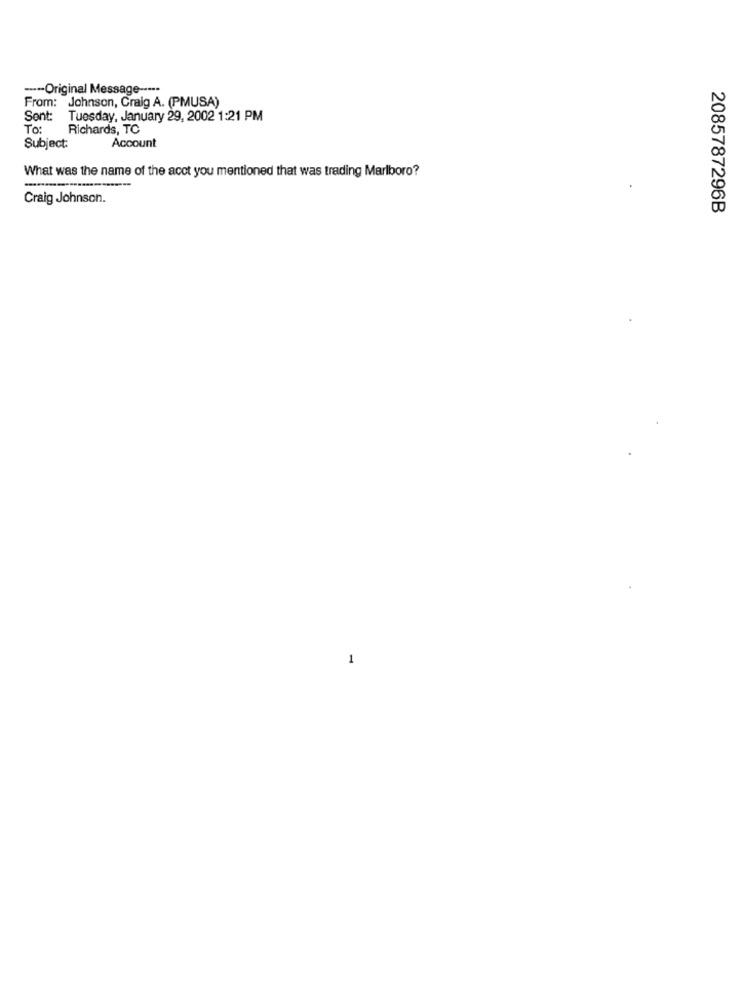
--- Original Message -----
From: Johnson, Craig A. (PMUSA)
Sent:
Tuesday, January 29, 2002 1:21 PM
To:
Richards, TC
Subject:
Account
What was the name of the acct you mentioned that was trading Marlboro?
Craig Johnson.
2085787296B
1